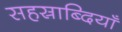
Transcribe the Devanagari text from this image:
सहस्राब्दियाँ